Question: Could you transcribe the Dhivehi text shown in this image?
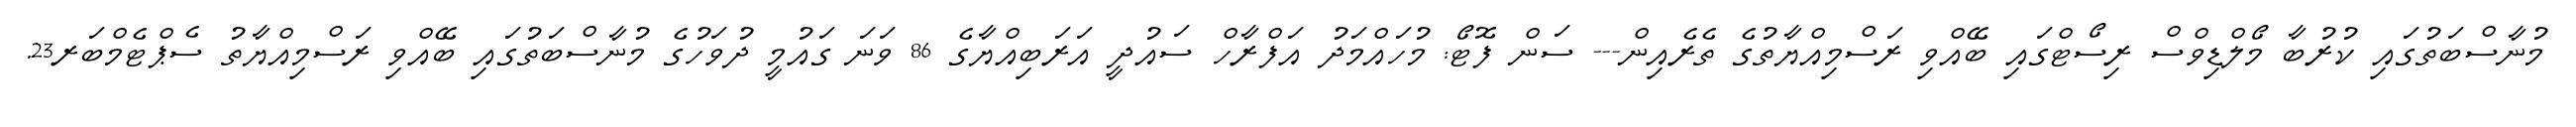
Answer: މުނާސްބަތުގައި ކުރުބާ މޯލްޑިވްސް ރިސޯޓްގައި ބޭއްވި ރަސްމިއްޔާތުގެ ތެރެއިން--- ސަން ފޮޓޯ: މުހައްމަދު އަފްރާހް ސައުދީ އަރަބިއްޔާގެ 86 ވަނަ ގައުމީ ދުވަހުގެ މުނާސްބަތުގައި ބޭއްވި ރަސްމިއްޔާތު ސެޕްޓެމްބަރ23.